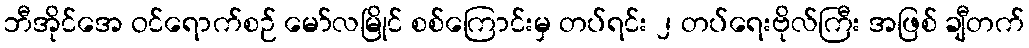
ဘီအိုင်အေ ဝင်ရောက်စဉ် မော်လမြိုင် စစ်ကြောင်းမှ တပ်ရင်း ၂ တပ်ရေးဗိုလ်ကြီး အဖြစ် ချီတက်